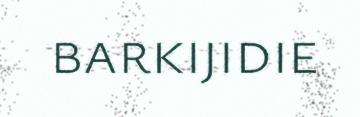
barkijidie